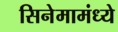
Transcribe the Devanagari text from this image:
सिनेमामंध्ये